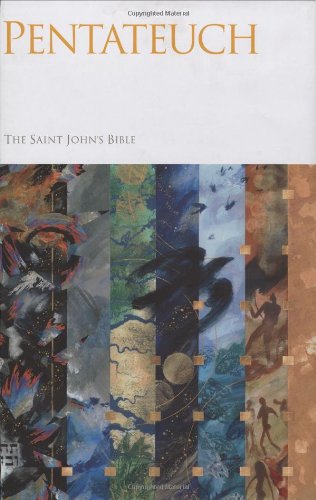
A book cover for Saint John's Bible: Pentateuch; Religion & Spirituality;